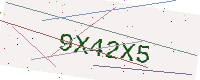
Text: 9X42X5